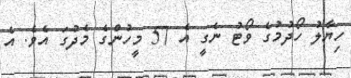
ހިޔާލު ހޯދުމުގެ ވޯޓު ނެގީ އެ 57 މީހުންގެ މެދުގަ އެވެ. އެ